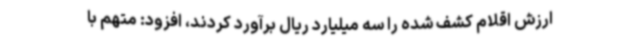
ارزش اقلام کشف شده را سه میلیارد ریال برآورد کردند، افزود: متهم با